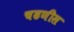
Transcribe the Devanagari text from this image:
चढणीस